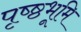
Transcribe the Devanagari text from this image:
पृष्ष्ठभूमि